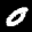
Label: 0